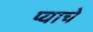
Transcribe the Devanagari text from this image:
प्याचे